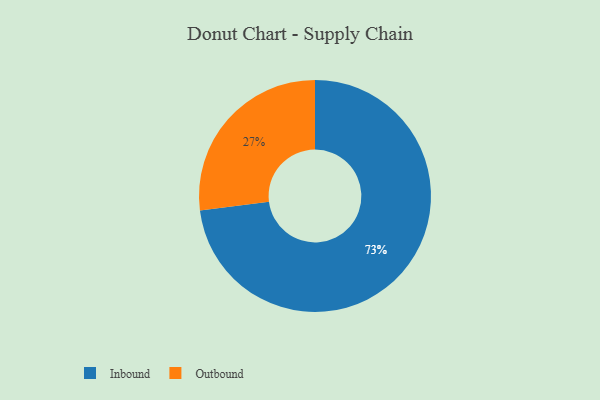
{"axis": {"x": "Category", "y": "Percentage"}, "legend": ["Inbound", "Outbound"], "data": [{"x": "Inbound", "y": 73, "type": "Inbound"}, {"x": "Outbound", "y": 27, "type": "Outbound"}]}